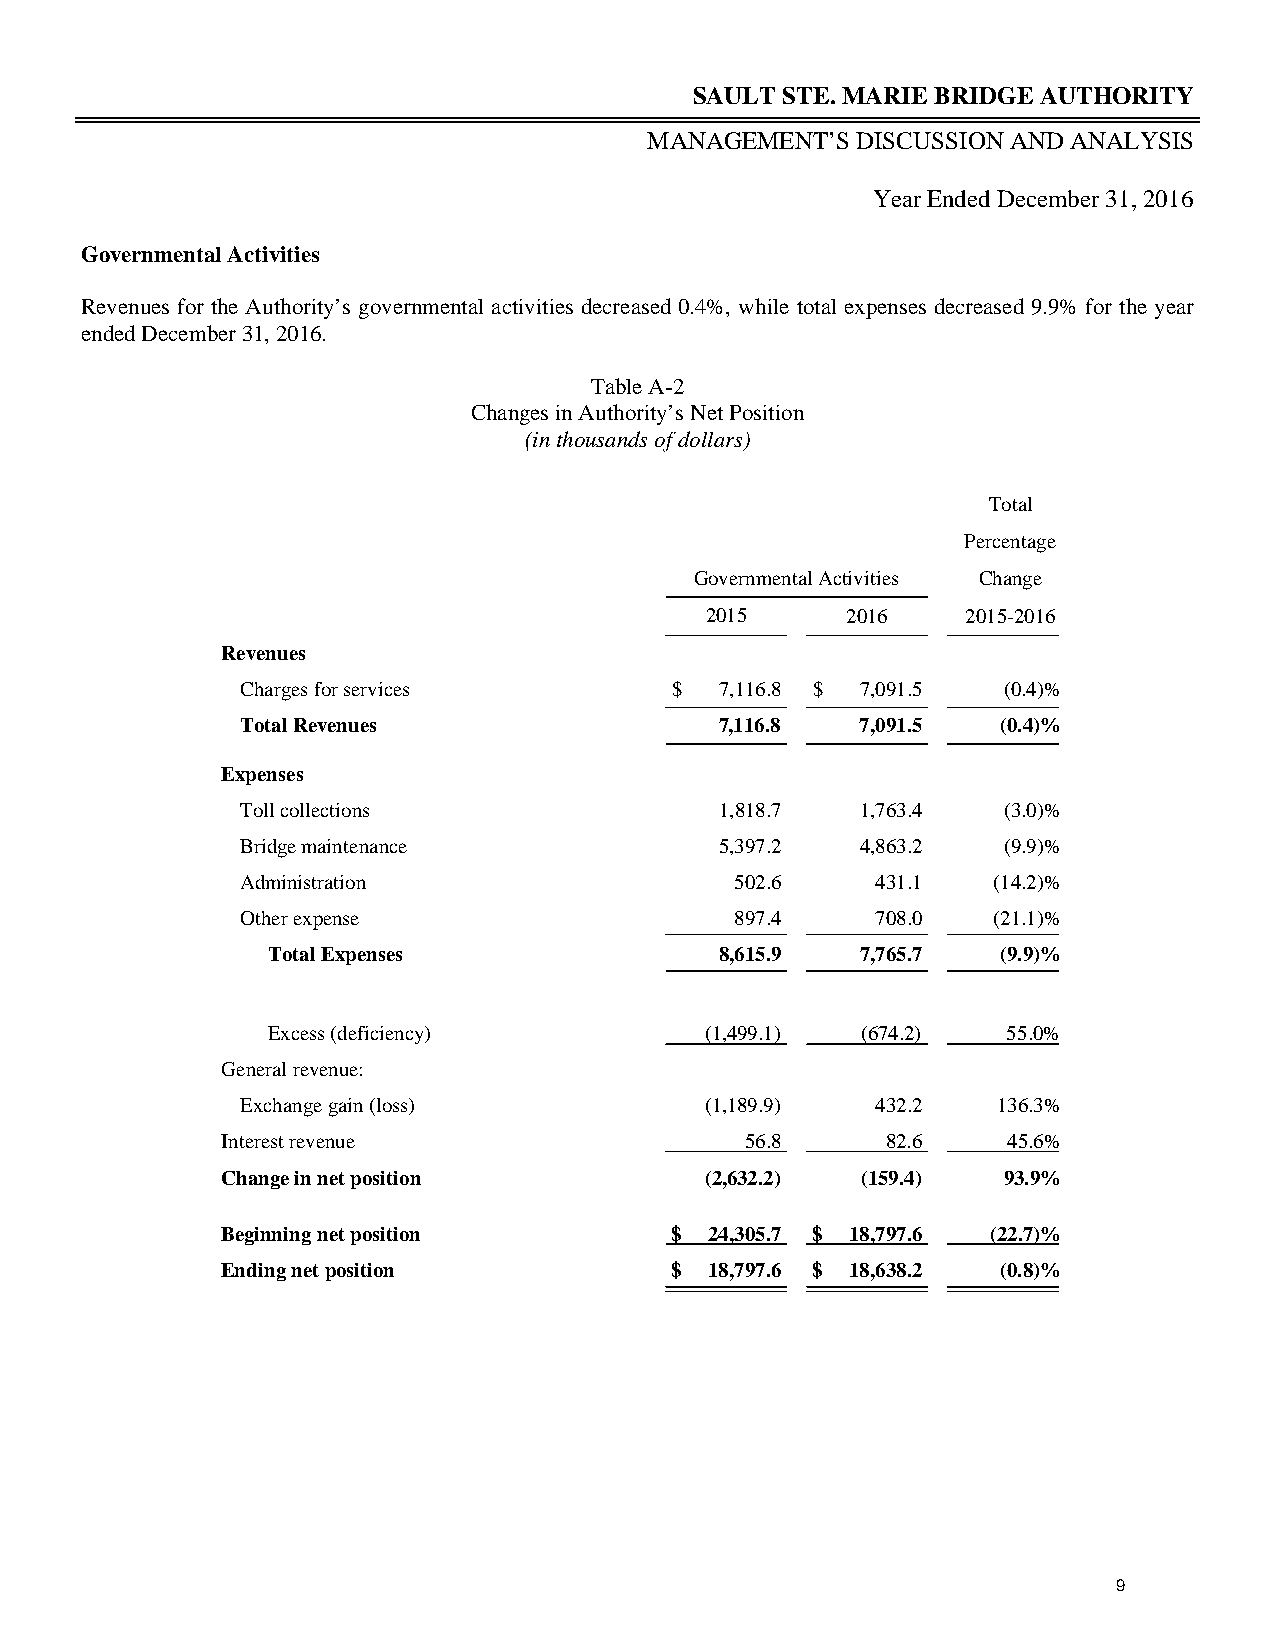
SAULT STE. MARIE BRIDGE AUTHORITY
 MANAGEMENT’S  DISCUSSION AND ANALYSIS
 Year Ended December 31, 2016
 Governmental Activities
 Revenues for the Authority’s governmental activities decreased 0.4%, while total expenses decreased 9.9% for the year
 ended December 31, 2016.
 Table A-2
 Changes in Authority’s Net Position
 (in thousands of dollars)
 Total
 Percentage
 Governmental Activities Change
 2015     2016    2015-2016
 Revenues
 Charges for services        $   7,116.8 $ 7,091.5 (0.4)%
 Total Revenues                  7,116.8  7,091.5  (0.4)%
 Expenses
 Toll collections                1,818.7  1,763.4  (3.0)%
 Bridge maintenance              5,397.2  4,863.2  (9.9)%
 Administration                   502.6    431.1   (14.2)%
 Other expense                    897.4    708.0   (21.1)%
 Total Expenses                8,615.9  7,765.7  (9.9)%
 Excess (deficiency)          (1,499.1) (674.2)   55.0%
 General revenue:
 Exchange gain (loss)           (1,189.9)  432.2   136.3%
 Interest revenue                  56.8      82.6    45.6%
 Change in net position          (2,632.2) (159.4)  93.9%
 Beginning net position       $  24,305.7 $ 18,797.6 (22.7)%
 Ending net position          $  18,797.6 $ 18,638.2 (0.8)%
 9